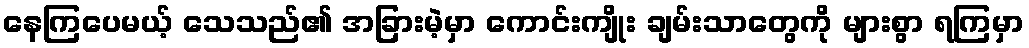
နေကြပေမယ့် သေသည်၏ အခြားမဲ့မှာ ကောင်းကျိုး ချမ်းသာတွေကို များစွာ ရကြမှာ